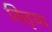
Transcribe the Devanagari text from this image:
वितृया